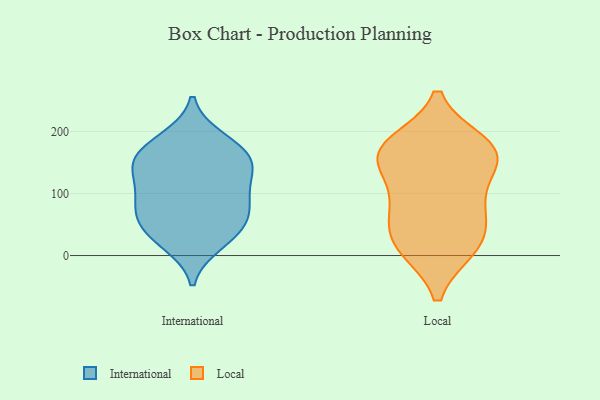
{"axis": {"x": "Demand Index", "y": "Value"}, "legend": ["International", "Local"], "data": [{"x": "", "y": 157, "type": "International"}, {"x": "", "y": 36, "type": "International"}, {"x": "", "y": 59, "type": "International"}, {"x": "", "y": 187, "type": "International"}, {"x": "", "y": 82, "type": "International"}, {"x": "", "y": 174, "type": "International"}, {"x": "", "y": 87, "type": "International"}, {"x": "", "y": 159, "type": "International"}, {"x": "", "y": 39, "type": "International"}, {"x": "", "y": 122, "type": "International"}, {"x": "", "y": 81, "type": "International"}, {"x": "", "y": 131, "type": "International"}, {"x": "", "y": 21, "type": "International"}, {"x": "", "y": 145, "type": "International"}, {"x": "", "y": 13, "type": "Local"}, {"x": "", "y": 177, "type": "Local"}, {"x": "", "y": 88, "type": "Local"}, {"x": "", "y": 159, "type": "Local"}, {"x": "", "y": 55, "type": "Local"}, {"x": "", "y": 166, "type": "Local"}, {"x": "", "y": 59, "type": "Local"}, {"x": "", "y": 15, "type": "Local"}, {"x": "", "y": 180, "type": "Local"}, {"x": "", "y": 161, "type": "Local"}, {"x": "", "y": 103, "type": "Local"}, {"x": "", "y": 12, "type": "Local"}, {"x": "", "y": 154, "type": "Local"}]}